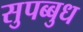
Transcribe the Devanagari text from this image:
सुपब्बुध